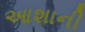
આશાની